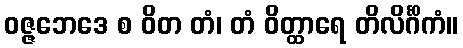
ဝဇ္ဇဘေဒေ စ ဝိတ တံ၊ တံ ဝိတ္ထာရေ တိလိင်္ဂိကံ။